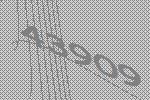
43909